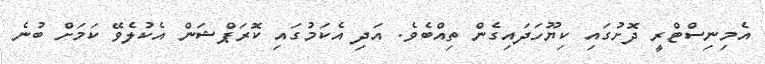
އެމިނިސްޓްރީ ދޮށުގައި ކިޔޫހަދައިގެން ތިއްބެވެ. އަދި އެކަމުގައި ކޮރަޕްޝަން އެކުލެވޭ ކަމަށް ބުނެ